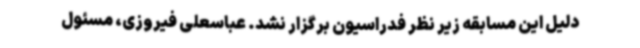
دلیل این مسابقه زیر نظر فدراسیون برگزار نشد. عباسعلی فیروزی، مسئول